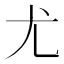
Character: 尤